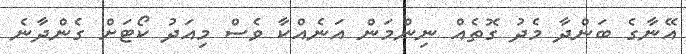
އޭނާގެ ބަންދާ މެދު ގޮތެއް ނިންމަން އަނެއްކާ ވެސް މިއަދު ކޯޓަށް ގެންދާނެ